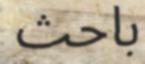
باحث